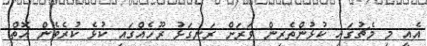
އެއީ މި މެޗުގައި ކުޅުންތެރިން ވަރަށް ރަނގަޅު ރޫހެއްގައި ކުޅެ ކުރެވެން އޮތް